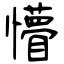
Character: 懵